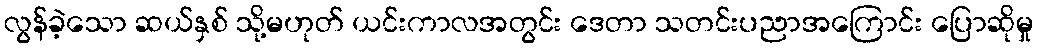
လွန်ခဲ့သော ဆယ်နှစ် သို့မဟုတ် ယင်းကာလအတွင်း ဒေတာ သတင်းပညာအကြောင်း ပြောဆိုမှု